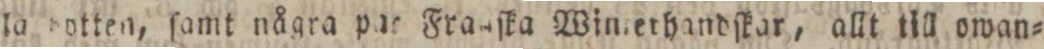
la dotten, ſamt några par Frasſka Winrethandſkar, allt till owan=